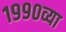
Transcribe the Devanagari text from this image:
१९९०व्या